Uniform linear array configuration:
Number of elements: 32
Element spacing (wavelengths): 1
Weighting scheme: cosine
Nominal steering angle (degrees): -45
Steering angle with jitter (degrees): -44.289
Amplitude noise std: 0.05
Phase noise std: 0.05

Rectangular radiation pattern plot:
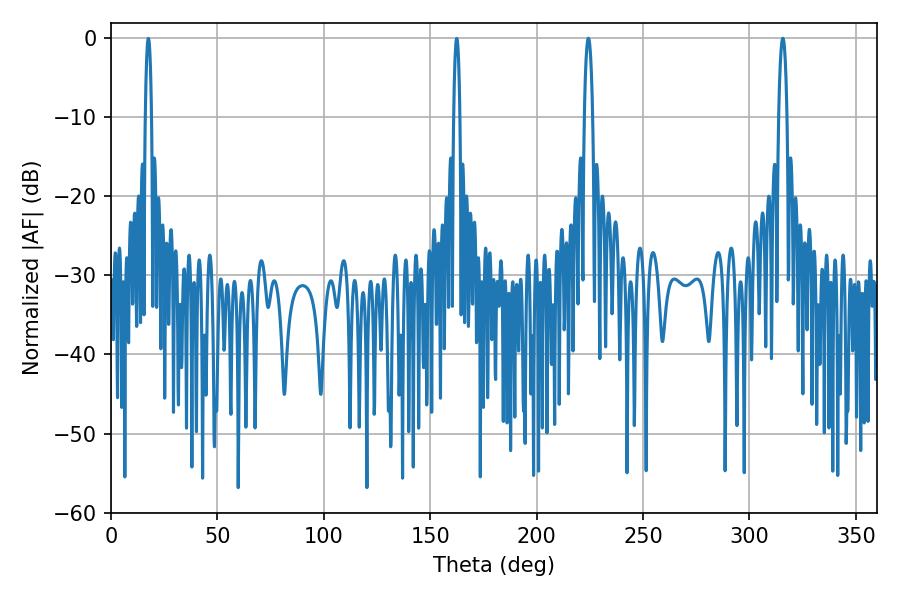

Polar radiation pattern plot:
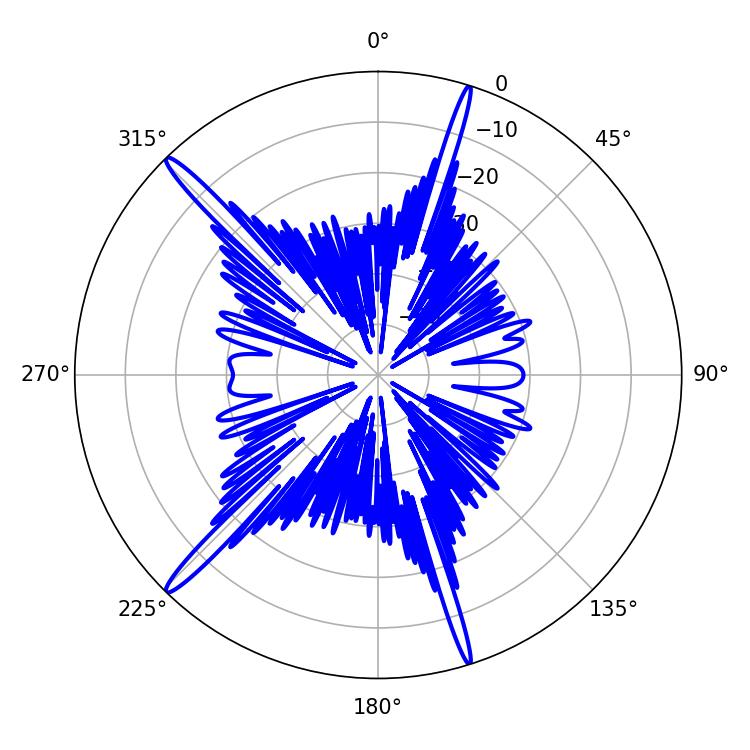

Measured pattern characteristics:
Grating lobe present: TRUE
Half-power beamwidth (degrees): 2.16
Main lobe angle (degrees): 224.28